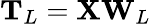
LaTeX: \mathbf{T}_{L}=\mathbf{X}\mathbf{W}_{L}